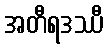
အတီရဒဿီ